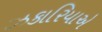
ઝકારિયાએ